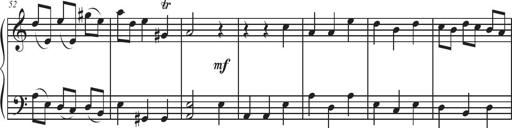
Title: Sonatina Espania
Composer: Jerald Franklin Archer
Key: Various